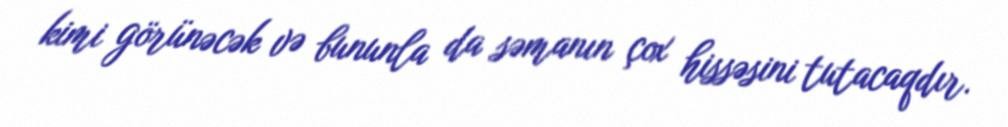
kimi görünəcək və bununla da səmanın çox hissəsini tutacaqdır.